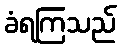
ခံရကြသည်